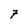
Character: 7